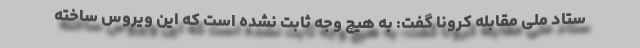
ستاد ملی مقابله کرونا گفت: به هیچ وجه ثابت نشده است که این ویروس ساخته